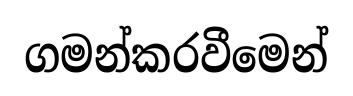
ගමන්කරවීමෙන්